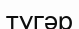
тугәр